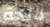
لائحة